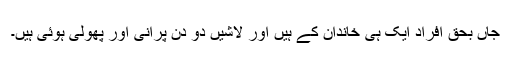
جاں بحق افراد ایک ہی خاندان کے ہیں اور لاشیں دو دن پرانی اور پھولی ہوئی ہیں۔